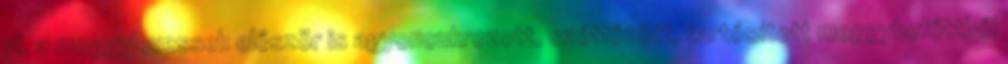
pl. a meggylevessel: először is agyoncukrozott, szétfőzött, tartósított meggybefőttből